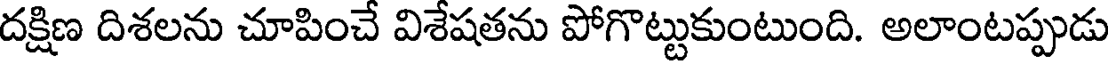
దక్షిణ దిశలను చూపించే విశేషతను పోగొట్టుకుంటుంది. అలాంటప్పుడు